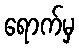
ရောက်မှ